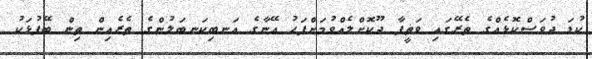
ކުޑަ ދުވަސްކޮޅެއްގެ ތެރޭގައި ވަޡީފާ ދޫކޮށްލެއްވުމަށްފަހު އޭނާގެ އަނބިކަނބަލުންގެ ތެރެއިން ތިން ބޭފުޅަކު